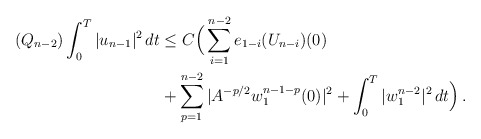
\begin{align*} (Q_{n-2}) \int_0^T |u_{n-1}|^2 \,dt & \le C\Big(\sum_{i=1}^{n-2} e_{1-i}(U_{n-i})(0) \\& + \sum_{p=1}^{n-2} |A^{-p/2} w_{1}^{n-1-p}(0)|^2 +\int_0^T |w_{1}^{n-2}|^2 \,dt\Big) \,.\end{align*}